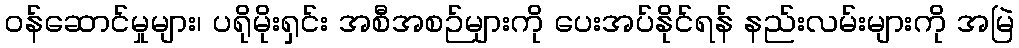
ဝန်ဆောင်မှုများ၊ ပရိုမိုးရှင်း အစီအစဉ်များကို ပေးအပ်နိုင်ရန် နည်းလမ်းများကို အမြဲ